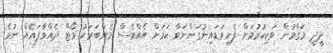
ދީދީ މަގާމުން ވަކިކުރުމަށް ފެނިވަޑައިނުގަންނަވާ ކަމަށް އެއްވެސް މެންބަރަކު ވޯޓް ދެއްވާފައެއް ނުވެ